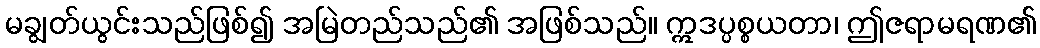
မချွတ်ယွင်းသည်ဖြစ်၍ အမြဲတည်သည်၏ အဖြစ်သည်။ ဣဒပ္ပစ္စယတာ၊ ဤဇရာမရဏ၏